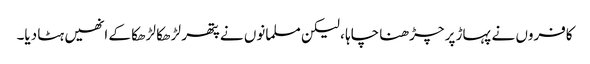
کافروں نے پہاڑ پر چڑھنا چاہا ، لیکن مسلمانوں نے پتھر لڑھکا لڑھکا کے انھیں ہٹا دیا۔